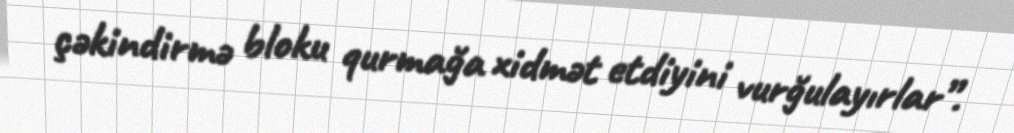
çəkindirmə bloku qurmağa xidmət etdiyini vurğulayırlar”.